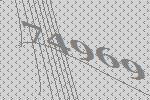
74969